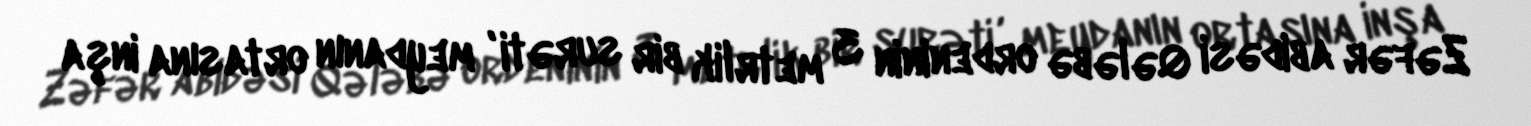
Zəfər abidəsi Qələbə ordeninin 3 metrlik bir surəti , meydanın ortasına inşa